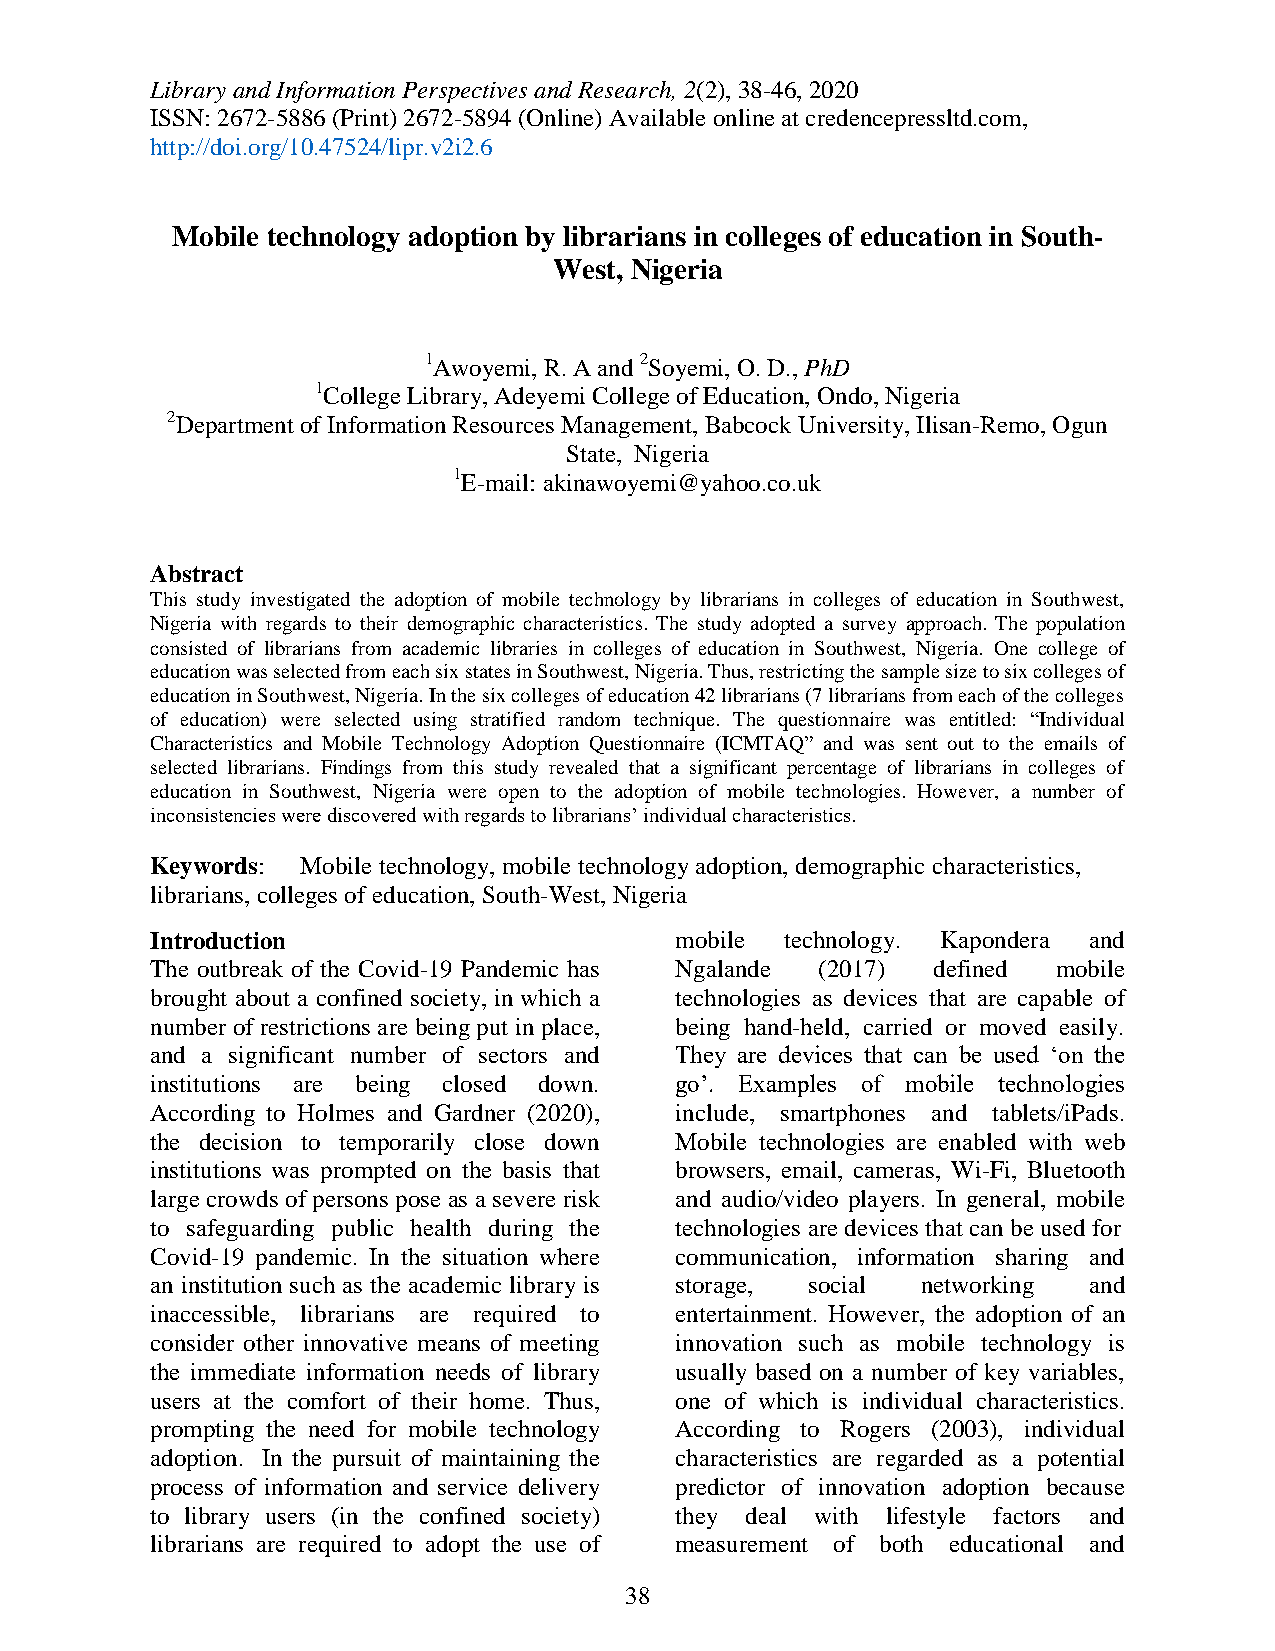
Library and Information Perspectives and Research, 2(2), 38-46, 2020
 ISSN: 2672-5886 (Print) 2672-5894 (Online) Available online at credencepressltd.com,
 http://doi.org/10.47524/lipr.v2i2.6
 Mobile technology adoption by librarians in colleges of education in South-
 West, Nigeria
 1Awoyemi, R. A and 2Soyemi, O. D., PhD
 1College Library, Adeyemi College of Education, Ondo, Nigeria
 2Department of Information Resources Management, Babcock University, Ilisan-Remo, Ogun
 State, Nigeria
 1E-mail: akinawoyemi@yahoo.co.uk
 Abstract
 This study investigated the adoption of mobile technology by librarians in colleges of education in Southwest,
 Nigeria with regards to their demographic characteristics. The study adopted a survey approach. The population
 consisted of librarians from academic libraries in colleges of education in Southwest, Nigeria. One college of
 education was selected from each six states in Southwest, Nigeria. Thus, restricting the sample size to six colleges of
 education in Southwest, Nigeria. In the six colleges of education 42 librarians (7 librarians from each of the colleges
 of education) were selected using stratified random technique. The questionnaire was entitled: “Individual
 Characteristics and Mobile Technology Adoption Questionnaire (ICMTAQ” and was sent out to the emails of
 selected librarians. Findings from this study revealed that a significant percentage of librarians in colleges of
 education in Southwest, Nigeria were open to the adoption of mobile technologies. However, a number of
 inconsistencies were discovered with regards to librarians‟ individual characteristics.
 Keywords: Mobile technology, mobile technology adoption, demographic characteristics,
 librarians, colleges of education, South-West, Nigeria
 Introduction                       mobile technology. Kapondera and
 The outbreak of the Covid-19 Pandemic has Ngalande (2017) defined mobile
 brought about a confined society, in which a technologies as devices that are capable of
 number of restrictions are being put in place, being hand-held, carried or moved easily.
 and a significant number of sectors and They are devices that can be used „on the
 institutions are being closed down. go‟. Examples of mobile technologies
 According to Holmes and Gardner (2020), include, smartphones and tablets/iPads.
 the decision to temporarily close down Mobile technologies are enabled with web
 institutions was prompted on the basis that browsers, email, cameras, Wi-Fi, Bluetooth
 large crowds of persons pose as a severe risk and audio/video players. In general, mobile
 to safeguarding public health during the technologies are devices that can be used for
 Covid-19 pandemic. In the situation where communication, information sharing and
 an institution such as the academic library is storage, social networking and
 inaccessible, librarians are required to entertainment. However, the adoption of an
 consider other innovative means of meeting innovation such as mobile technology is
 the immediate information needs of library usually based on a number of key variables,
 users at the comfort of their home. Thus, one of which is individual characteristics.
 prompting the need for mobile technology According to Rogers (2003), individual
 adoption. In the pursuit of maintaining the characteristics are regarded as a potential
 process of information and service delivery predictor of innovation adoption because
 to library users (in the confined society) they deal with lifestyle factors and
 librarians are required to adopt the use of measurement of both educational and
 38